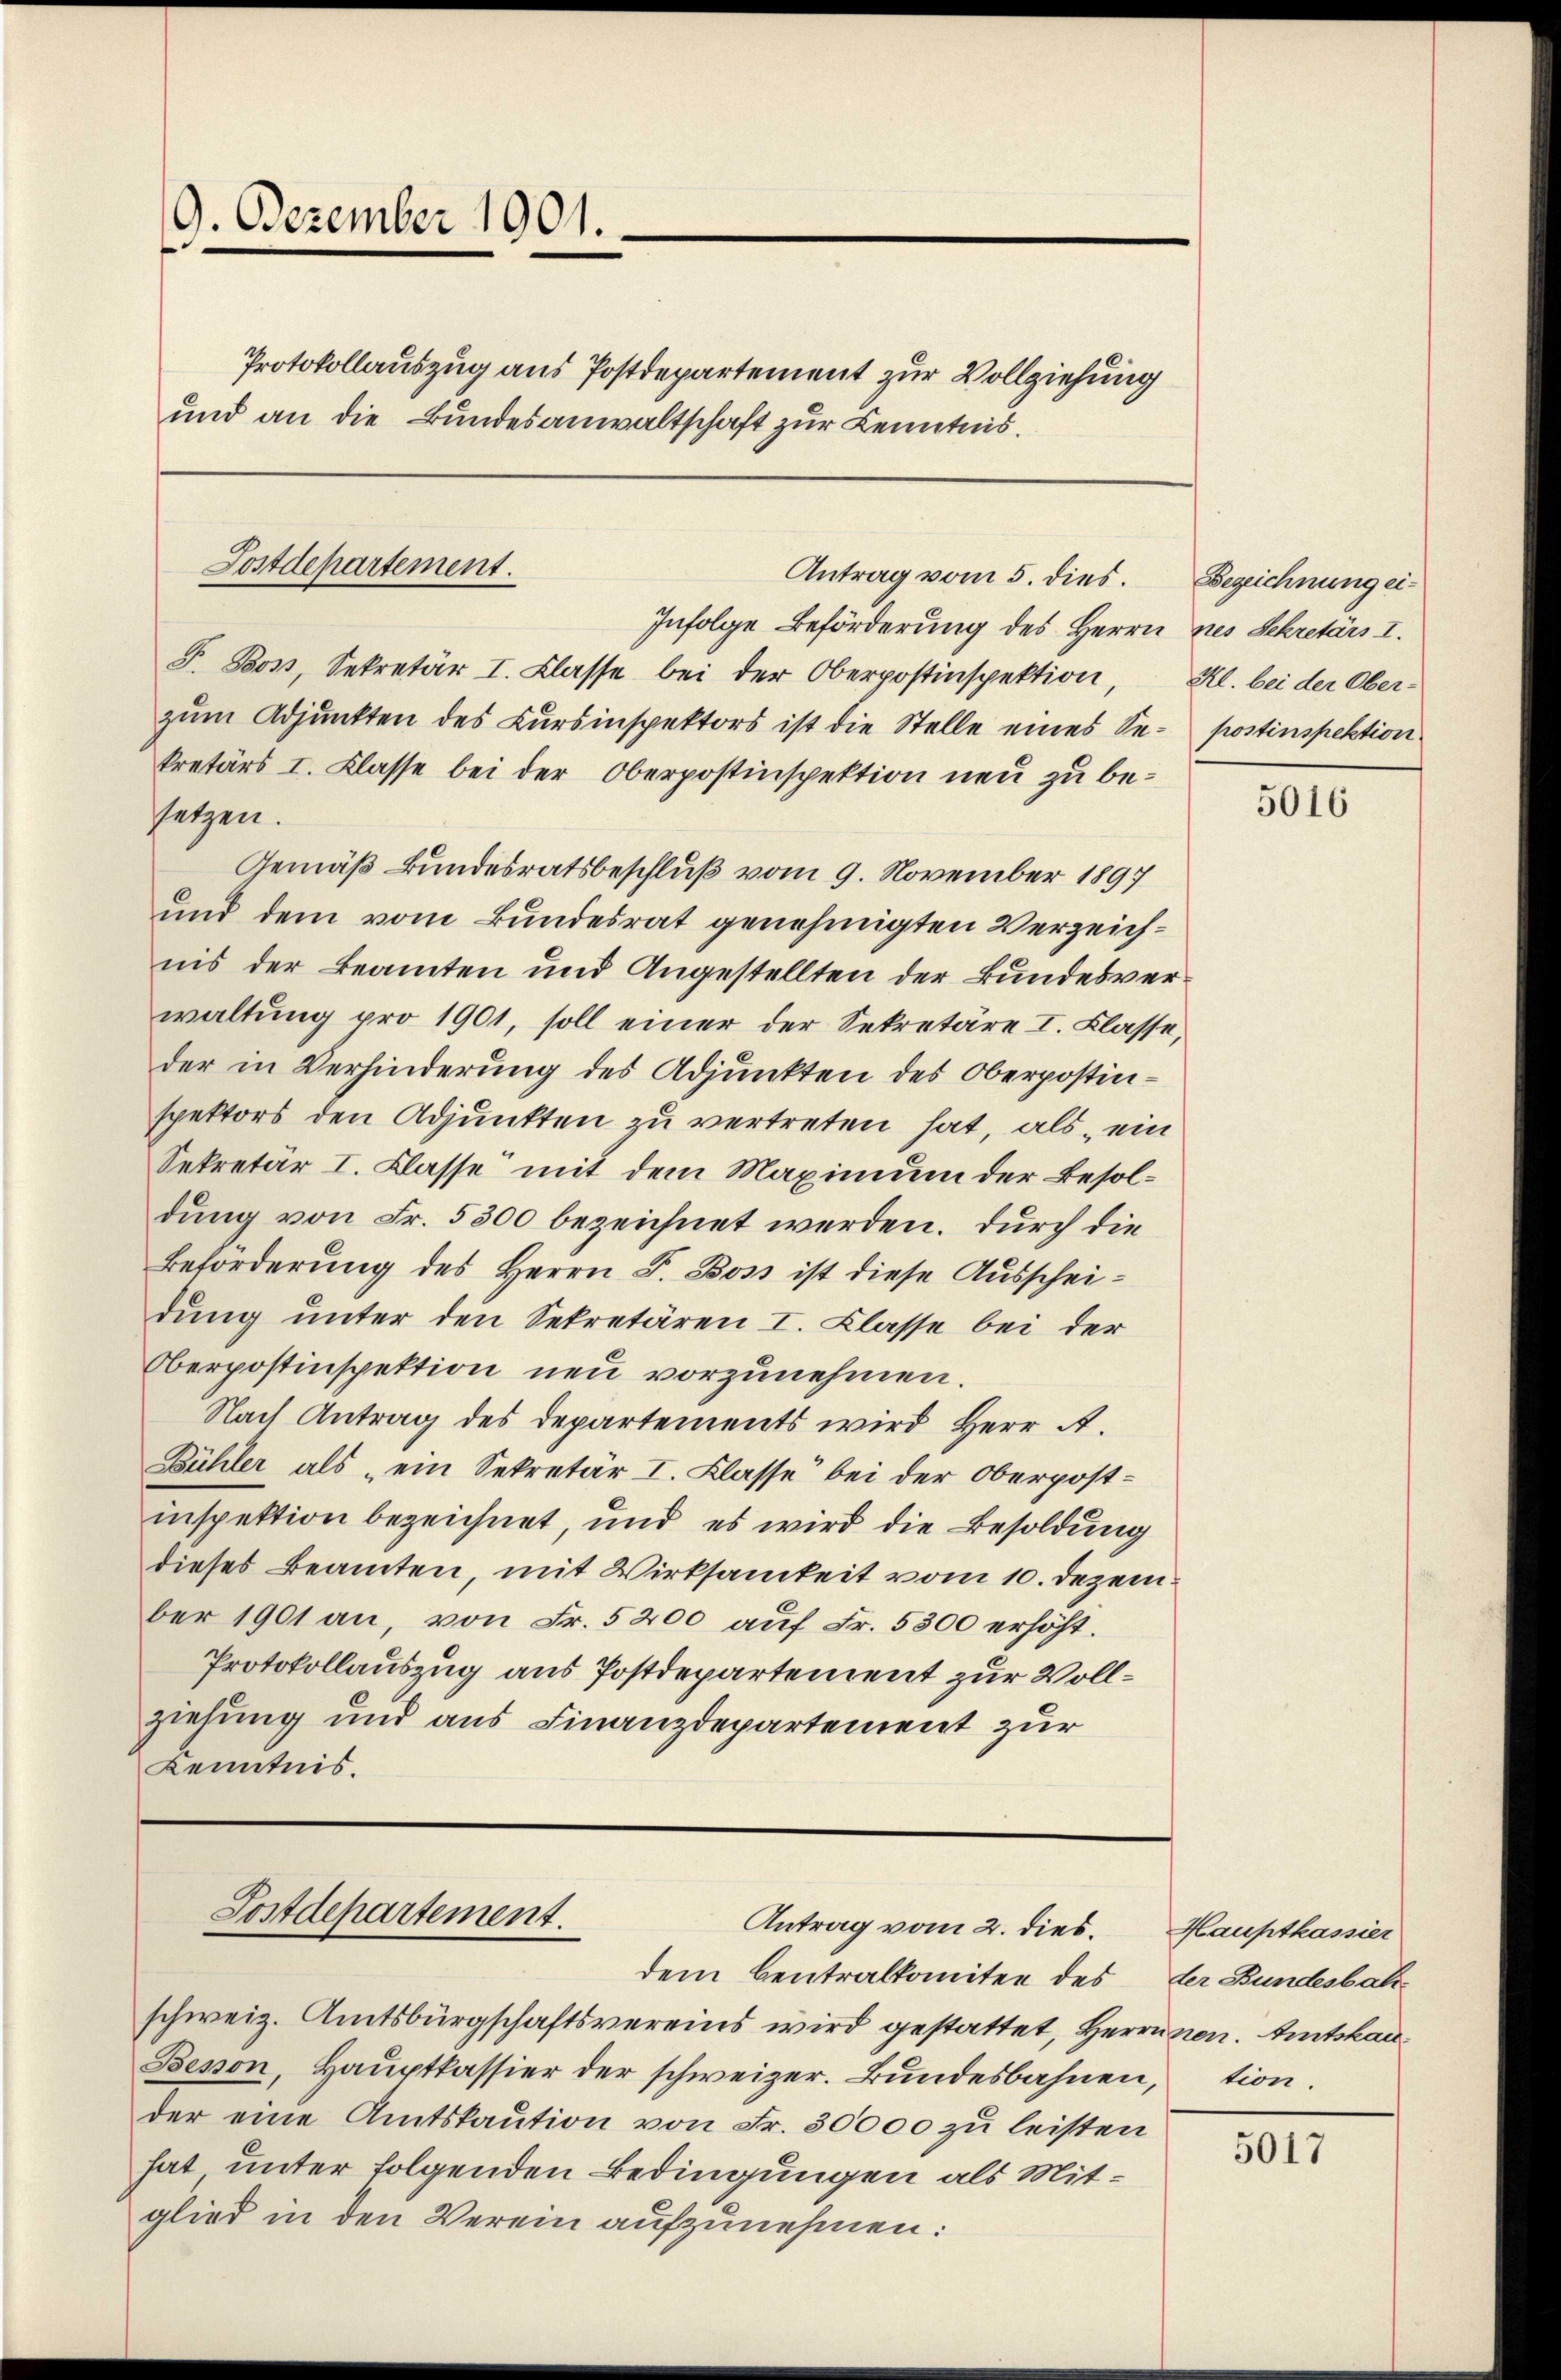
9. Dezember 1901.
Protokollauszug aus Postdepartement zur Vollziehung
und an die Bundesanwaltschaft zur Kenntnis¬

Postdepartement.
Antrag vom 5. dies. Bezeichnung ei¬

Infolge Beförderung des Herrn nes Schretärs I.
F. Boss, Sekretär I. Klasse bei der Oberpostinspektion, Kl. bei der Oberzum Adjunkten des Kursinspektors ist die Stelle eines Se- postinspektion
kretärs I. Klasse bei der Oberpostinspektion neu zu besetzen.
Gemäß Bundesratsbeschluß vom 9. November 1897
und dem vom Bundesrat genehmigten Verzeichnis der Beamten und Angestellten der Bundesverwaltung pro 1901, soll einer der Sekretäre I. Klasse,
der in Verhinderung des Adjunkten des Oberpostinspektors den Adjunkten zu vertreten hat, als „ein
Sekretär I. Klasse mit dem Maximum der Besoldung von Fr. 5300 bezeichnet werden. Durch die
Beförderung des Herrn F. Boss ist diese Ausscheidung unter den Sekretären I. Klasse bei der
Oberpostinspektion neu vorzunehmen.
Nach Antrag des Departements wird Herr A.
Bühler als „ein Sekretär I. Klasse bei der Oberpost-
inspektion bezeichnet, und es wird die Besoldung
dieses Beamten, mit Wirksamkeit vom 10. Dezem
ber 1901 an, von Fr. 5200 auf Fr. 5300 erhöht.
Protokollauszug aus Postdepartement zur Vollziehung und aus Finanzdepartement zur
Kenntnis.

Postdepartement.
Antrag vom 2. dies.
dem Centralkomiten des

schweiz. Amtsbürgschaftsvereins wird gestattet, Herrnnen. Amtshau¬
Besson, Haŭptkassier der schweizer. Bŭndesbahnen, tion.
der eine Amtskaution von Fr. 30000 zu leisten
hat unter folgenden Bedingungen als Mitglied in den Verein aufzunehmen:

5016

Hauptkassier
der Bundesbah¬

5017